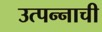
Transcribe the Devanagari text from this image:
उत्पन्‍नाची